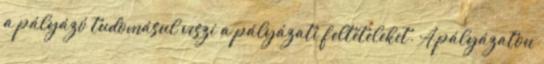
a pályázó tudomásul veszi a pályázati feltételeket. A pályázaton